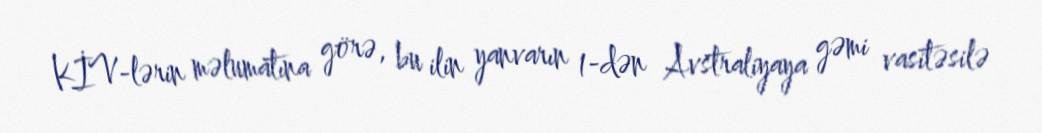
KİV-lərin məlumatına görə, bu ilin yanvarın 1-dən Avstraliyaya gəmi vasitəsilə